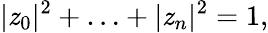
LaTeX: |\mathit{z}_{0}|^{2}+\ldots+|\mathit{z}_{n}|^{2}=1,